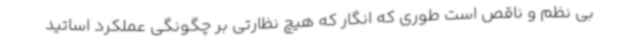
بی نظم و ناقص است طوری که انگار که هیچ نظارتی بر چگونگی عملکرد اساتید